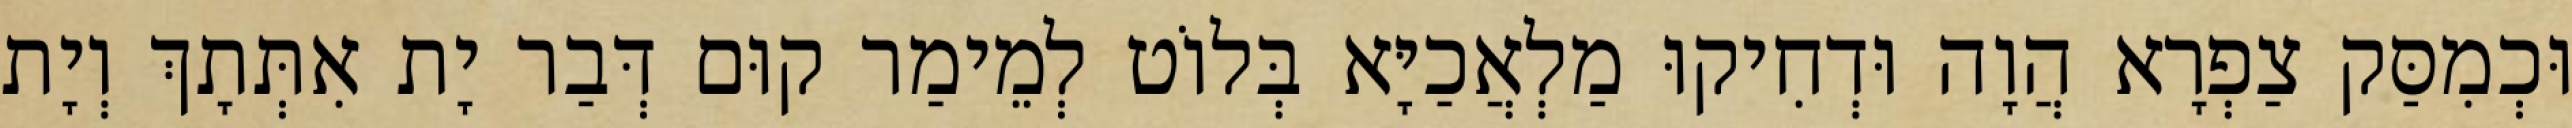
וּכְמִסַּק צַפְרָא הֲוָה וּדְחִיקוּ מַלְאֲכַיָּא בְּלוֹט לְמֵימַר קוּם דְּבַר יָת אִתְּתָךְ וְיָת